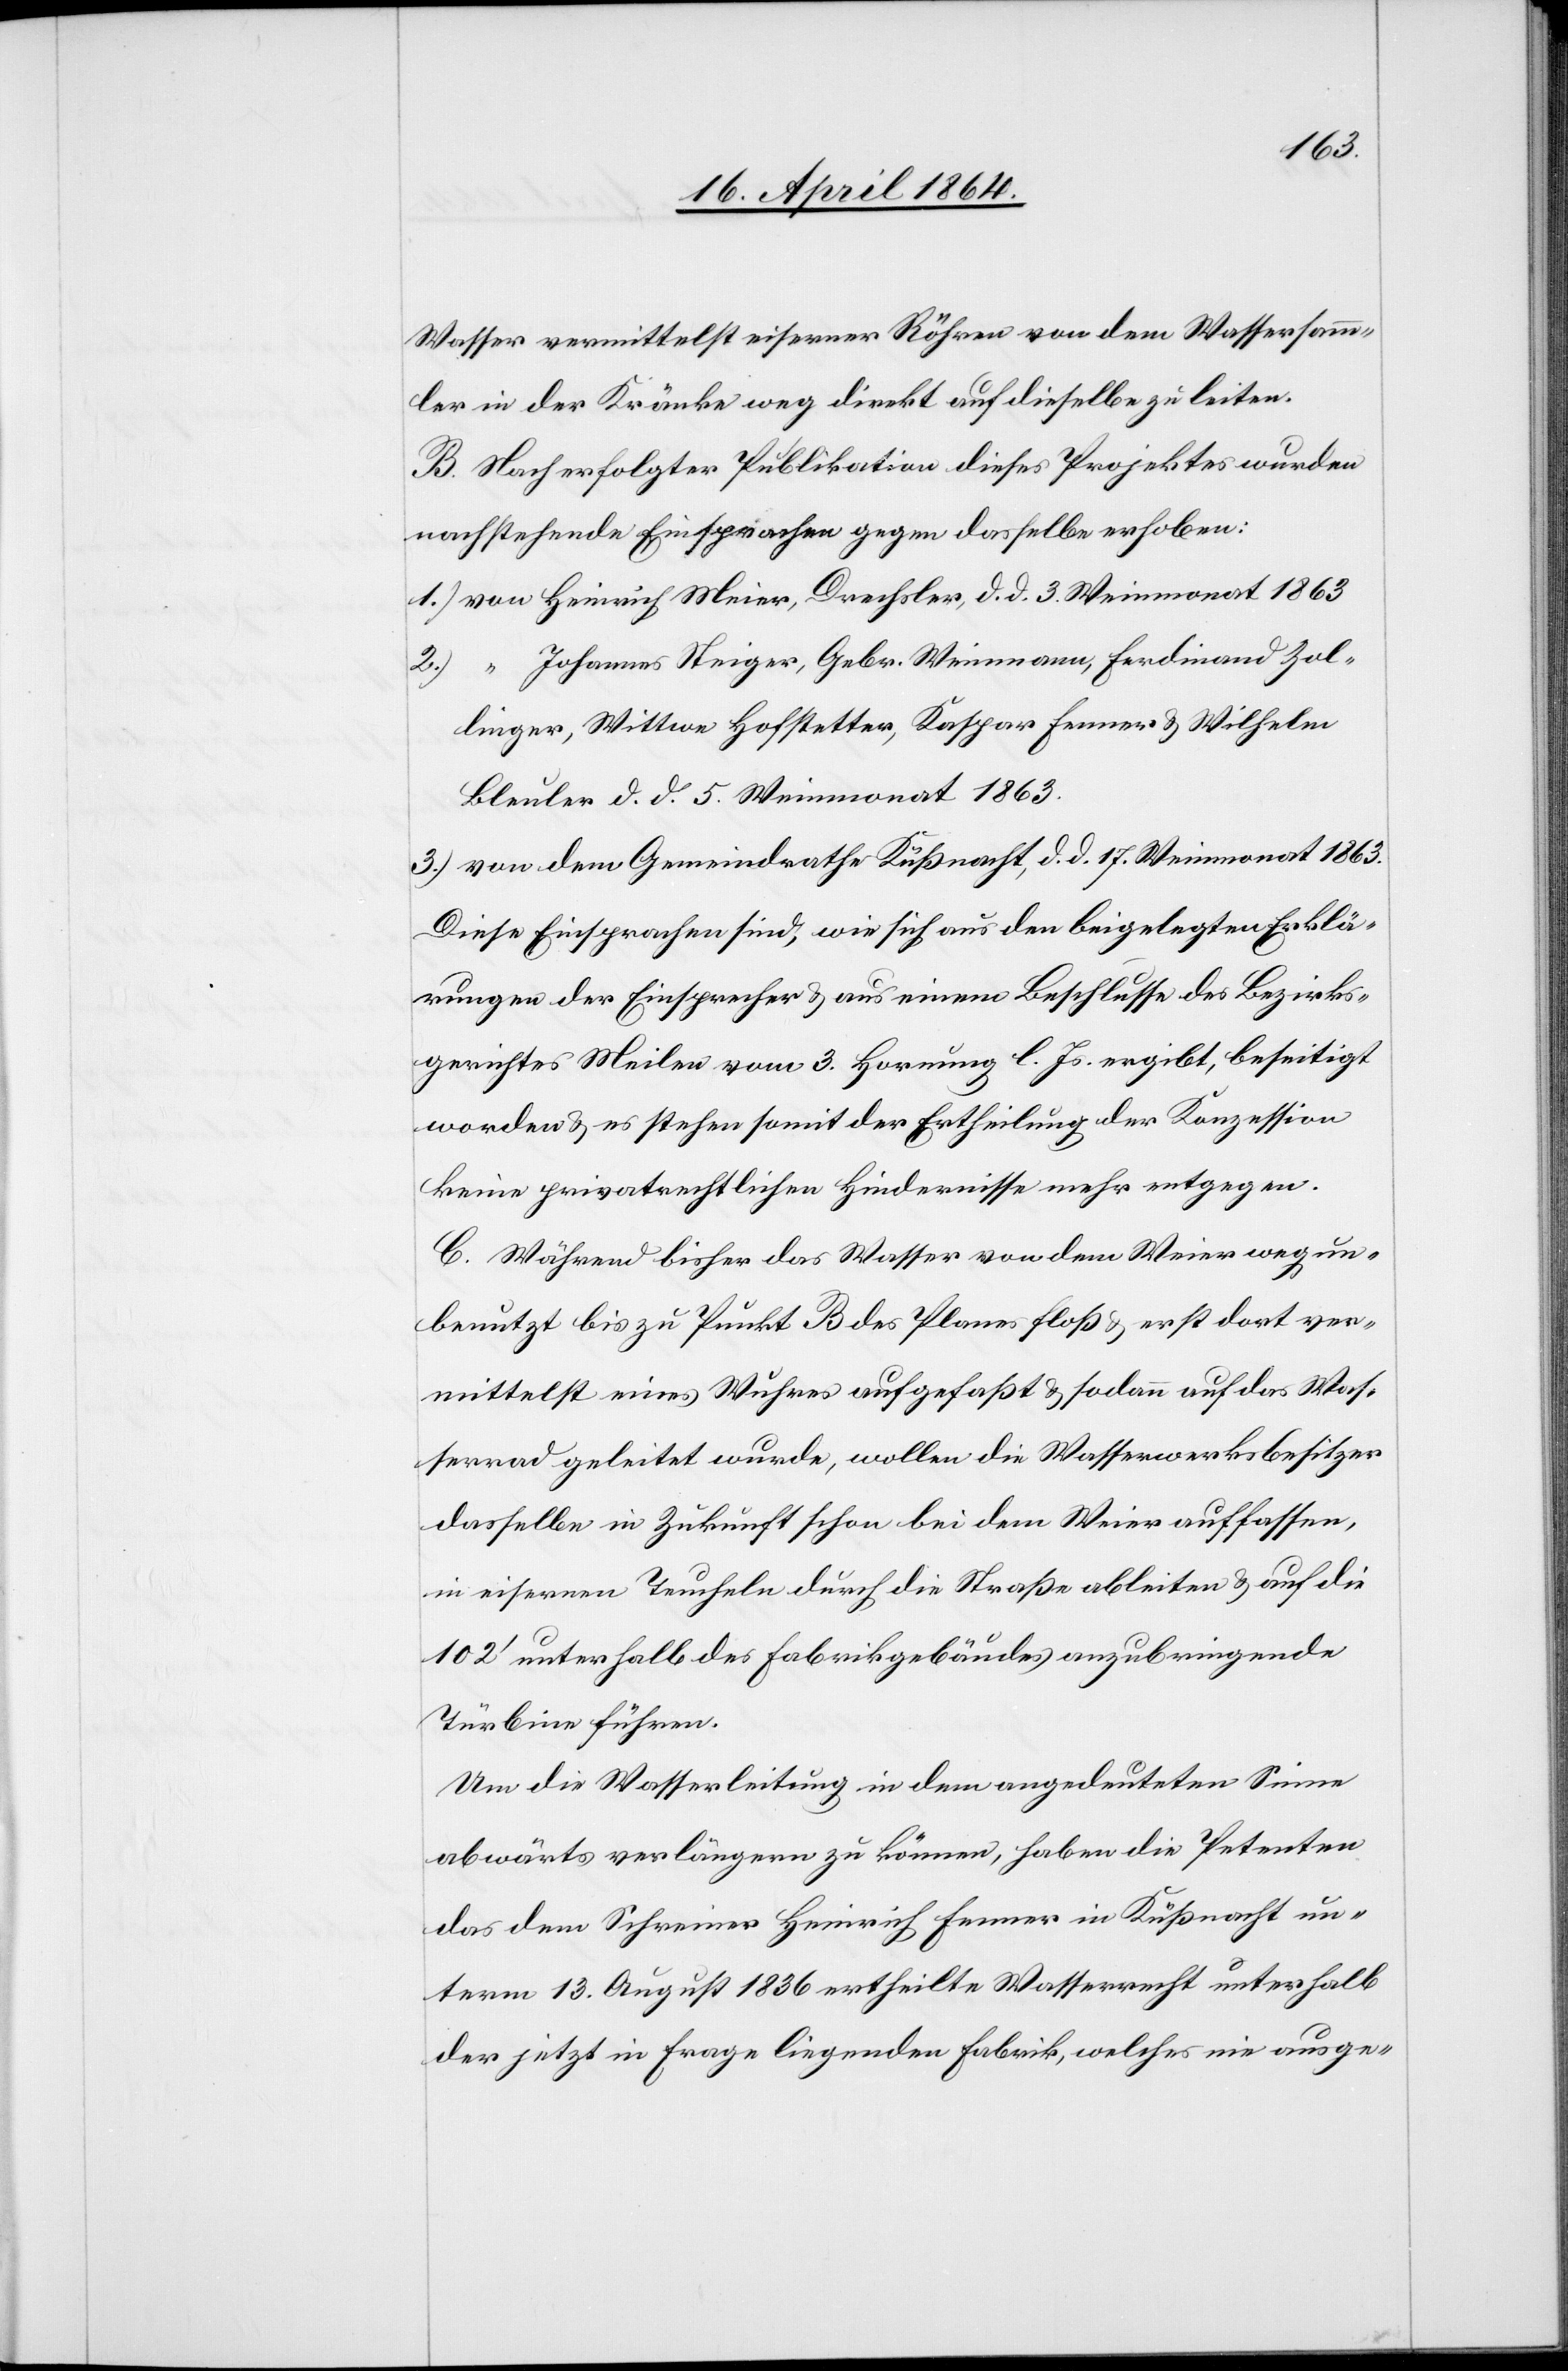
Wasser vermittelst eiserner Röhren von dem Wassersamm¬
ler in der Kränke weg direkt auf dieselbe zu leiten.
B. Nach erfolgter Publikation dieses Projektes wurden
nachstehende Einsprachen gegen dasselbe erhoben:
1.) von Heinrich Meier, Drechsler, d. d. 3. Weinmonat 1863
2.) “ Johannes Steiger, Gebr. Weinmann, Ferdinand Zol¬
linger, Wittwe Hofstetter, Kaspar Fenner u. Wilhelm
Bleuler d. d. 5. Weinmonat 1863.
3.) von dem Gemeindrathe Küßnacht, d. d. 17. Weinmonat 1863.
Diese Einsprachen sind, wie sich aus den beigelegten Erklä¬
rungen der Einsprecher u. aus einem Beschlusse des Bezirks¬
gerichtes Meilen vom 3. Hornung l. Js. ergibt, beseitigt
worden u. es stehen somit der Ertheilung der Konzession
keine privatrechtlichen Hindernisse mehr entgegen.
C. Während bisher das Wasser von dem Weier weg un¬
benutzt bis zu Punkt B des Planes floß u. erst dort ver¬
mittelst eines Wuhres aufgefaßt u. sodann auf das Was¬
serrad geleitet wurde, wollen die Wasserwerksbesitzer
dasselbe in Zukunft schon bei dem Weier auffassen,
in eisernen Teucheln durch die Straße ableiten u. auf die
102’ unterhalb des Fabrikgebäudes anzubringende
Türbine führen.
Um die Wasserleitung in dem angedeuteten Sinne
abwärts verlängern zu können, haben die Petenten
das dem Schreiner Heinrich Fenner in Küßnacht un¬
term 13. August 1836 ertheilte Wasserrecht unterhalb
der jetzt in Frage liegenden Fabrik, welches nie ausge-